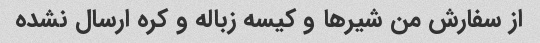
از سفارش من شیرها و کیسه زباله و کره ارسال نشده